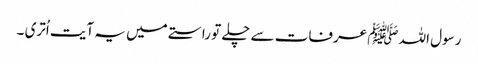
رسول اللہ ﷺ عرفات سے چلے تو راستے میں یہ آیت اُتری ۔